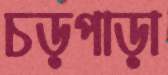
চড়পাড়া